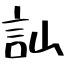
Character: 訕